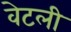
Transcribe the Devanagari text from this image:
वेटली